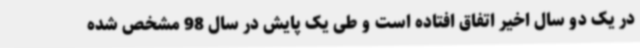
در یک دو سال اخیر اتفاق افتاده است و طی یک پایش در سال 98 مشخص شده